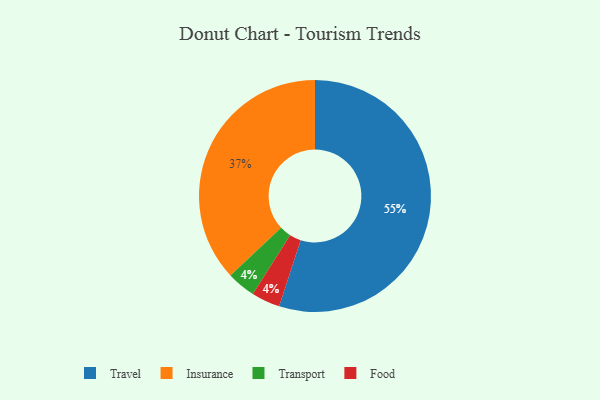
{"axis": {"x": "Category", "y": "Percentage"}, "legend": ["Food", "Insurance", "Transport", "Travel"], "data": [{"x": "Travel", "y": 55, "type": "Travel"}, {"x": "Transport", "y": 4, "type": "Transport"}, {"x": "Insurance", "y": 37, "type": "Insurance"}, {"x": "Food", "y": 4, "type": "Food"}]}